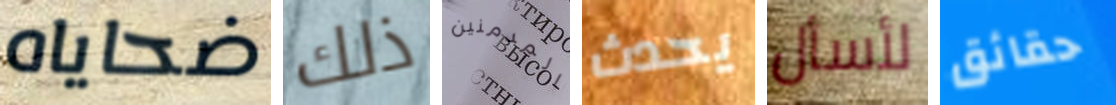
ضحاياه ذلك المدمنين يحدث لأسأل حقائق